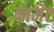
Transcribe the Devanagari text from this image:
मामेट